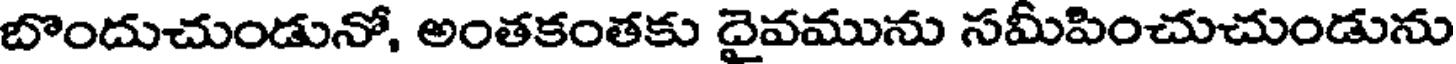
బొందుచుండునో, అంతకంతకు దైవమును సమీపించుచుండును